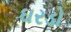
ઘરડો